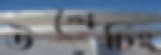
উশৈচিং